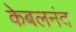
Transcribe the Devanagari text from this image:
केबलनंद